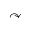
\curvearrowright